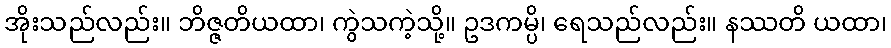
အိုးသည်လည်း။ ဘိဇ္ဇတိယထာ၊ ကွဲသကဲ့သို့။ ဥဒကမ္ပိ၊ ရေသည်လည်း။ နဿတိ ယထာ၊